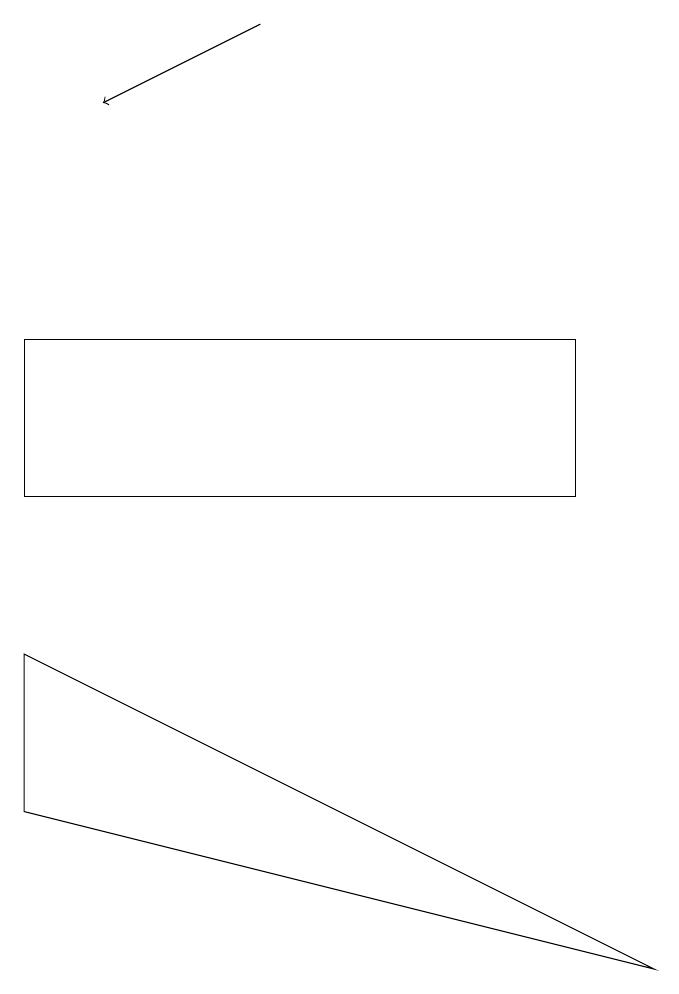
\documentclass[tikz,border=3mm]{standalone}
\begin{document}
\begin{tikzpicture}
\draw (7,13) rectangle (0,11);
\draw (0,9) -- (8,5) -- (0,7) -- cycle;
\draw[->] (3,17) -- (1,16);
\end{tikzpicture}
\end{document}